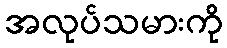
အလုပ်သမားကို